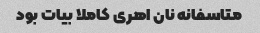
متاسفانه نان اهری کاملا بیات بود